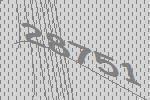
28751